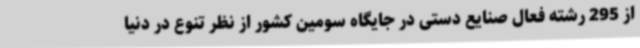
از 295 رشته فعال صنایع دستی در جایگاه سومین کشور از نظر تنوع در دنیا